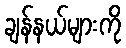
ချန်နယ်များကို